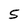
Character: 5